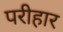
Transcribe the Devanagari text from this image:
परीहार